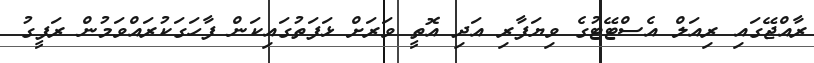
ރާއްޖޭގައި ރިއަލް އެސްޓޭޓުގެ ވިޔަފާރި އަދި އޮތީ ވަރަށް ޅަފަތުގައިކަން ފާހަގަކުރައްވަމުން ރަފީގު